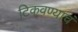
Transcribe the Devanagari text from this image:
टिकवण्याचं